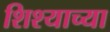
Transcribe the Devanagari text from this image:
शिश्याच्या